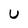
Character: u